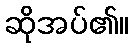
ဆိုအပ်၏။